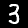
Digit: 3